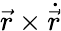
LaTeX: {\vec{r}}\times{\dot{\vec{r}}}